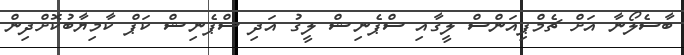
ބާސެލޯނާ އަށް ޗެމްޕިއަންސް ލީގާއި ސްޕެނިޝް ލީގު އަދި ސްޕެނިޝް ކަޕް ކާމިޔާބުކޮށްދިން